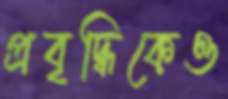
প্রবৃদ্ধিকেও